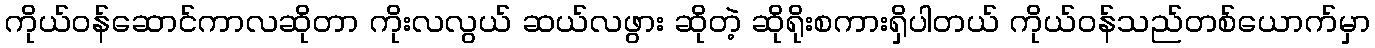
ကိုယ်ဝန်ဆောင်ကာလဆိုတာ ကိုးလလွယ် ဆယ်လဖွား ဆိုတဲ့ ဆိုရိုးစကားရှိပါတယ် ကိုယ်ဝန်သည်တစ်ယောက်မှာ